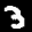
Label: 3